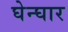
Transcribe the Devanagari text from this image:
घेन्घार